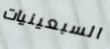
السبعينيات